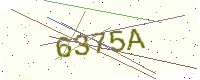
Text: 6375A